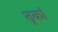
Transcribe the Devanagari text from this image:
तृकां